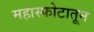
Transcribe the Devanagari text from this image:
महास्फोटातून